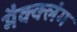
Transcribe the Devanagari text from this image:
मैक्क्लंग